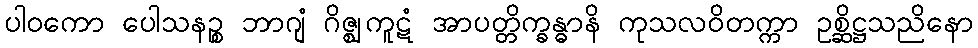
ပါဝကော ပေါသနဉ္စ ဘာဂျံ ဂိဇ္ဈကူဋံ အာပတ္တိက္ခန္ဓာနိ ကုသလဝိတက္ကာ ဥစ္ဆိဋ္ဌသညိနော